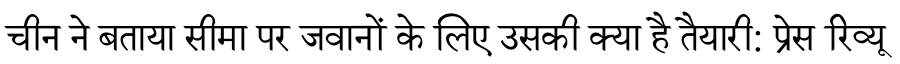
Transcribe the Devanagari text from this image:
चीन ने बताया सीमा पर जवानों के लिए उसकी क्या है तैयारी: प्रेस रिव्यू